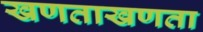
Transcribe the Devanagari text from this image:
खणताखणता